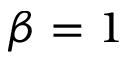
\beta = 1